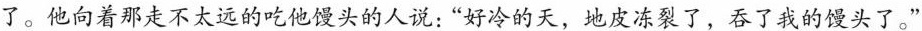
了。他向着那走不太远的吃他馒头的人说："好冷的天，地皮冻裂了，吞了我的馒头了。"